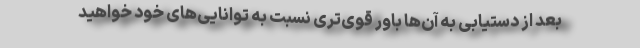
بعد از دستیابی به آن‌ها باور قوی‌تری نسبت به توانایی‌های خود خواهید